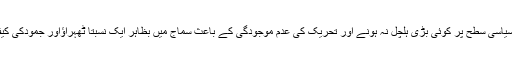
اسوقت سیاسی سطح پر کوئی بڑی ہلچل نہ ہونے اور تحریک کی عدم موجودگی کے باعث سماج میں بظاہر ایک نسبتاً ٹھہراؤاور جمودکی کیفت ہے۔